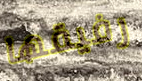
رفيقها